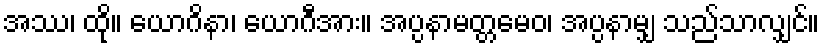
အဿ၊ ထို။ ယောဂိနာ၊ ယောဂီအား။ အပ္ပနာမတ္တမေဝ၊ အပ္ပနာမျှ သည်သာလျှင်။